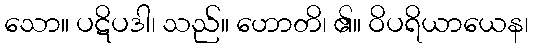
သော။ ပဋိပဒါ၊ သည်။ ဟောတိ၊ ၏။ ဝိပရိယာယေန၊